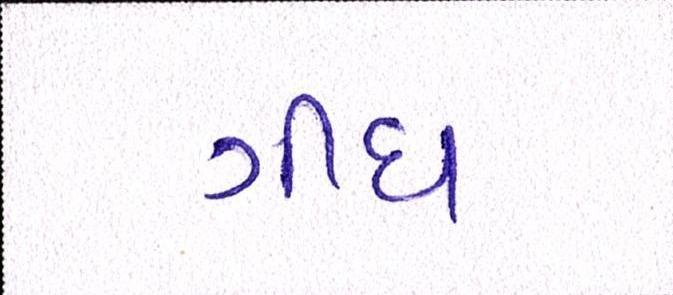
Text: ગીધ